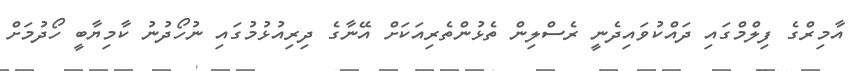
އާމިރްގެ ފިލްމްގައި ދައްކުވައިދެނީ ރެސްލިން ތެޅުންތެރިއަކަށް އޭނާގެ ދިރިއުޅުމުގައި ނުހޯދުނު ކާމިޔާބީ ހޯދުމަށް